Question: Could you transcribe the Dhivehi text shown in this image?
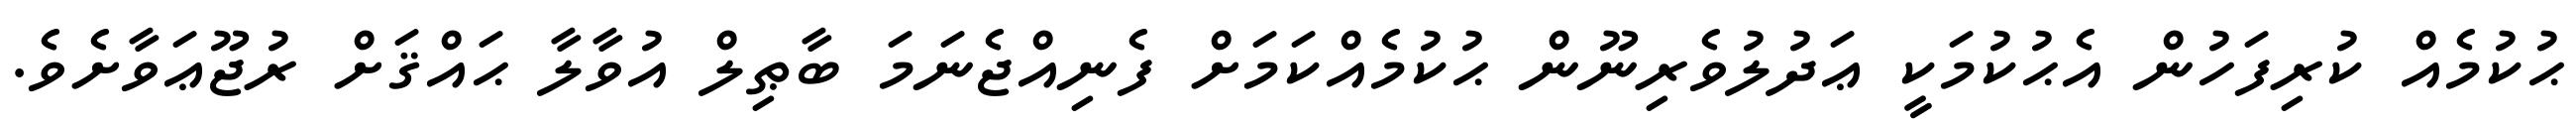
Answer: ޙުކުމެއް ކުރިފަހުން އެޙުކުމަކީ ޢަދުލުވެރިނޫން ޙުކުމެއްކަމަށް ފެނިއްޖެނަމަ ބާޠިލް އުވާލާ ޙައްޤަށް ރުޖޫޢަވާށެވެ.